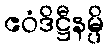
ဧဝံဒိဋ္ဌီနမ္ပိ